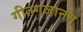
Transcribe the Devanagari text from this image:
गीतगजानन